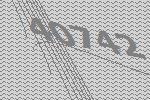
40742